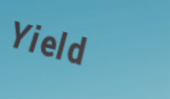
Yield